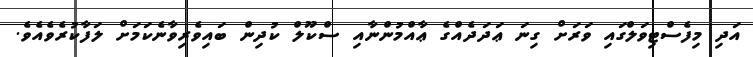
އަދި މިފެސްޓިވަލްގައި ވަރަށް ގިނަ ޢަދަދެއްގެ ޢާއްމުންނާއި ސްކޫލް ކުދިން ބައިވެރިވާނެކަމަށް ލަފާކުރެވެއެވެ.